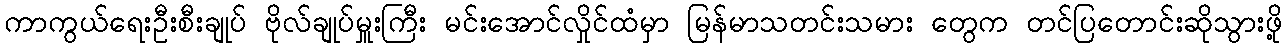
ကာကွယ်ရေးဦးစီးချုပ် ဗိုလ်ချုပ်မှူးကြီး မင်းအောင်လှိုင်ထံမှာ မြန်မာသတင်းသမား တွေက တင်ပြတောင်းဆိုသွားဖို့